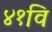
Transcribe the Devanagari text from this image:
४१वि